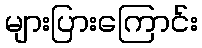
များပြားကြောင်း